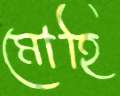
মোহি